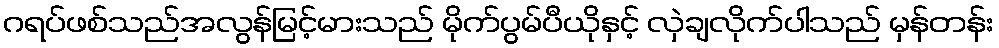
ဂရပ်ဖစ်သည်အလွန်မြင့်မားသည် မိုက်ပွမ်ပီယိုနှင့် လှဲချလိုက်ပါသည် မှန်တန်း